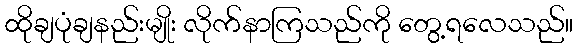
ထိုချပုံချနည်းမျိုး လိုက်နာကြသည်ကို တွေ့ရလေသည်။